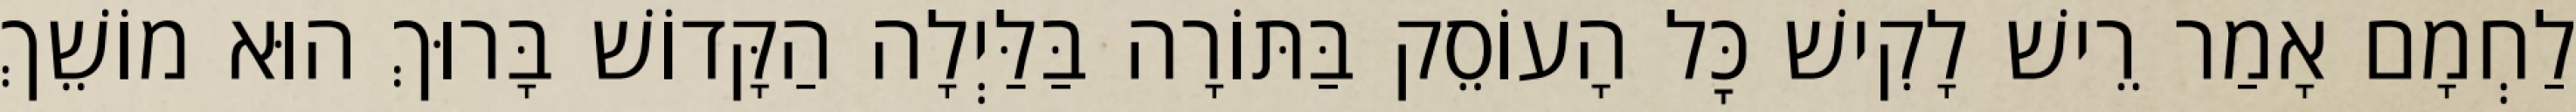
לַחְמָם אָמַר רֵישׁ לָקִישׁ כׇּל הָעוֹסֵק בַּתּוֹרָה בַּלַּיְלָה הַקָּדוֹשׁ בָּרוּךְ הוּא מוֹשֵׁךְ